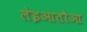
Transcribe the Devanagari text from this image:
लेइआतौआ